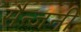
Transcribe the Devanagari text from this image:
सैन्जनी